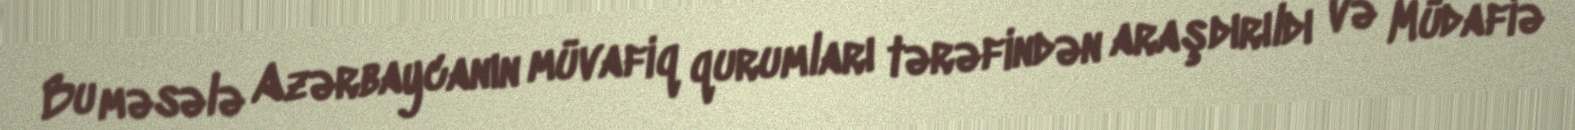
Bu məsələ Azərbaycanın müvafiq qurumları tərəfindən araşdırıldı və Müdafiə